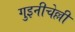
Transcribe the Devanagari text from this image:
गुइनीचेल्ली